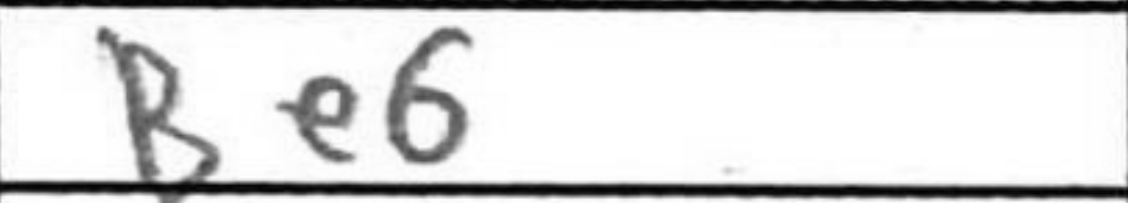
Transcription: Be6